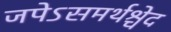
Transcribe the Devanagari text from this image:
जपेऽसमर्थश्चेद